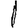
Digit: 1